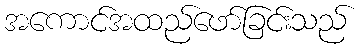
အကောင်အထည်ဖော်ခြင်းသည်